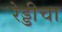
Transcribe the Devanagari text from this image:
रेड्डीचा